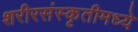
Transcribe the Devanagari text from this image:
शरीरसंस्कृतीमध्ये